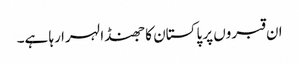
ان قبروں پر پاکستان کا جھنڈا لہرا رہا ہے۔